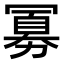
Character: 𪞕